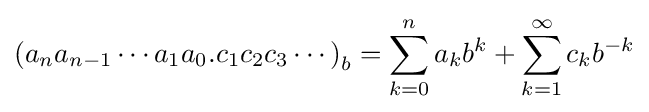
\left(a_{n}a_{n-1}\cdots a_{1}a_{0}.c_{1}c_{2}c_{3}\cdots \right)_{b}=\sum _{k=0}^{n}a_{k}b^{k}+\sum _{k=1}^{\infty }c_{k}b^{-k}